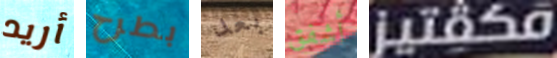
أريد بطرح بعد أشفق مكفتيز